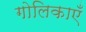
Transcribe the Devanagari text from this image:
गोलिकाएँ